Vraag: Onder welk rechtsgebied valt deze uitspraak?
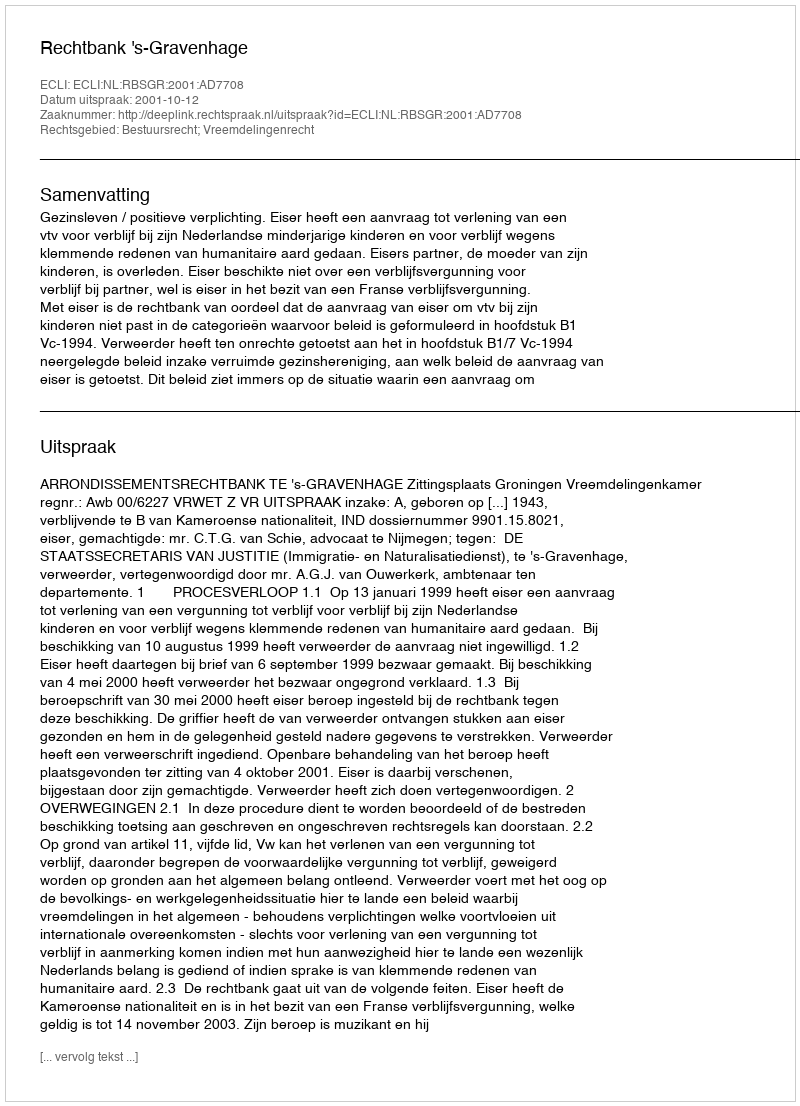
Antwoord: Bestuursrecht; Vreemdelingenrecht